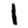
Digit: 1